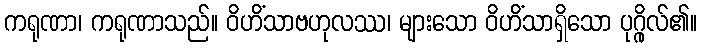
ကရုဏာ၊ ကရုဏာသည်။ ဝိဟိံသာဗဟုလဿ၊ များသော ဝိဟိံသာရှိသော ပုဂ္ဂိုလ်၏။